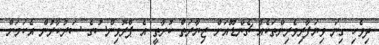
ދިވެހި ގިނަ ވިޔަފާރިވެރިންތަކެއް ޗެންޑޫއަށް ޒިޔާރަތް ކުރާތީ އެ ޕްރޮވިންސުގެ ސަރުކާރުން އެކަމަށް